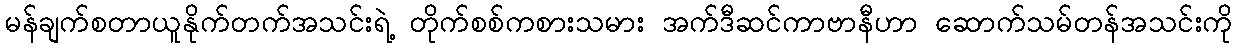
မန်ချက်စတာယူနိုက်တက်အသင်းရဲ့ တိုက်စစ်ကစားသမား အက်ဒီဆင်ကာဗာနီဟာ ဆောက်သမ်တန်အသင်းကို